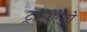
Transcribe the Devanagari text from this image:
ट्रांसऐज़ो